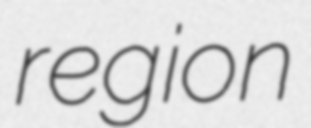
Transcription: region